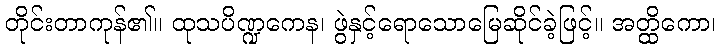
တိုင်းတာကုန်၏။ ထုသပိဏ္ဍကေန၊ ဖွဲနှင့်ရောသောမြေဆိုင်ခဲ့ဖြင့်။ အတ္ထိကော၊